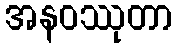
အနဝဿုတာ